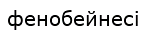
фенобейнесі